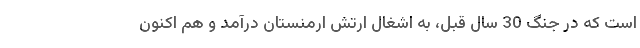
است که در جنگ 30 سال قبل، به اشغال ارتش ارمنستان درآمد و هم اکنون